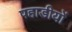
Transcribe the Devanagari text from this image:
पहाडीयों